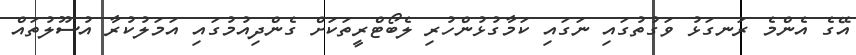
އޭގެ އެންމެ ރަނގަޅު ވަގުތުގައި ނަގައި ކަމާގުޅުންހުރި ލެބޯޓްރީތަކަށް ގެންދިއުމުގައި އަމަލުކުރާ އުސޫލުތައް